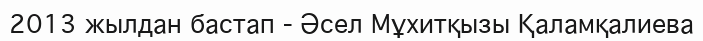
2013 жылдан бастап - Әсел Мұхитқызы Қаламқалиева